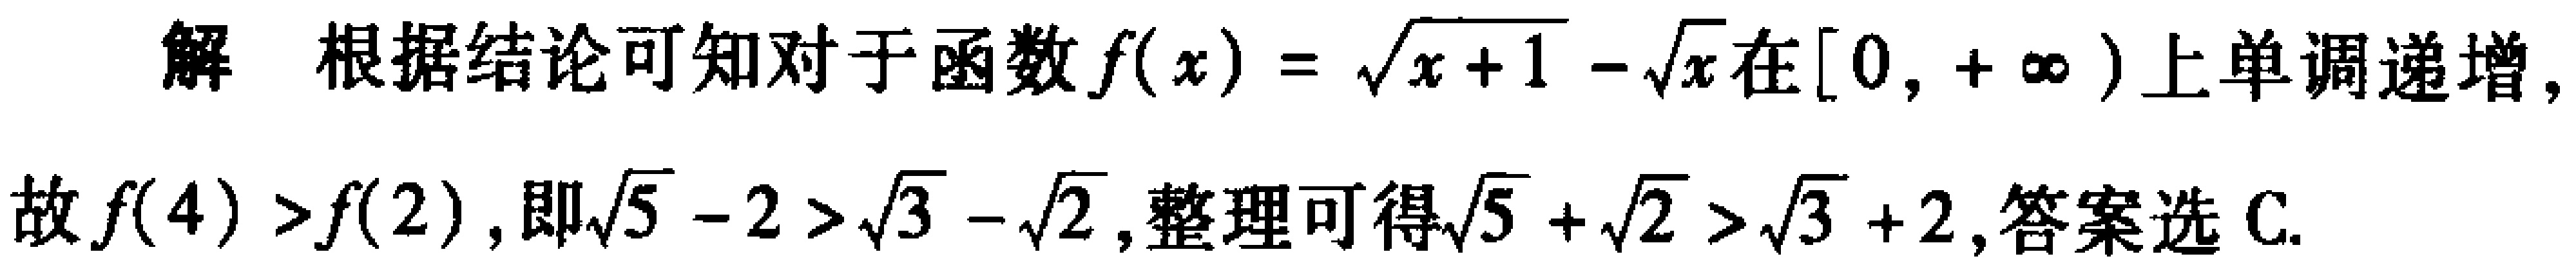
解 根据结论可知对于函数\(f(x)=\sqrt{x + 1}-\sqrt{x}\)在\([0,+\infty)\)上单调递增,

故\(f(4)>f(2)\), 即\(\sqrt{5}-2>\sqrt{3}-\sqrt{2}\), 整理可得\(\sqrt{5}+\sqrt{2}>\sqrt{3}+2\), 答案选C.